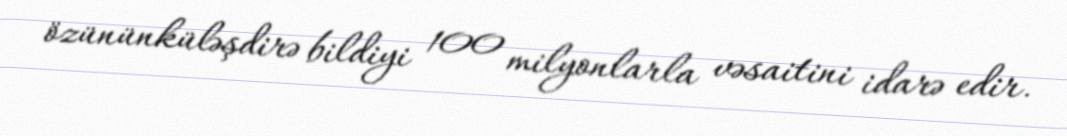
özününküləşdirə bildiyi 100 milyonlarla vəsaitini idarə edir.